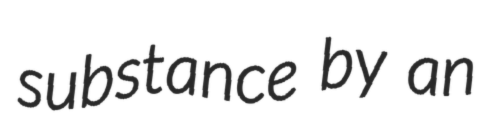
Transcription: substance by an